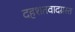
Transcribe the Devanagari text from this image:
दहशतवादग्रस्त